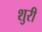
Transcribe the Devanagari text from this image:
शुरी